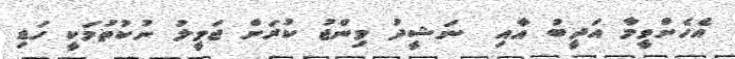
އެހެންވީމާ އަދީބު އާއި  ނަޝީދު މިންޖު ކުރަން ޖަމީލު ނުކުތުމަކީ ހަޑި